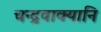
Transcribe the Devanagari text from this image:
चन्द्रवाक्यानि